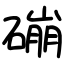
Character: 磞